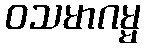
ဝသမာဂမ္မ